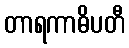
တာရကာဓိပတီ